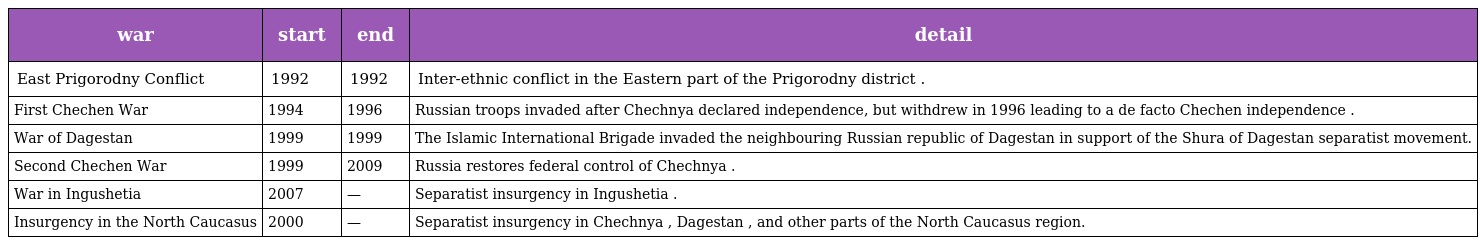
| war | start | end | detail |
 | --- | --- | --- | --- |
 | East Prigorodny Conflict | 1992 | 1992 | Inter-ethnic conflict in the Eastern part of the Prigorodny district . |
 | First Chechen War | 1994 | 1996 | Russian troops invaded after Chechnya declared independence, but withdrew in 1996 leading to a de facto Chechen independence . |
 | War of Dagestan | 1999 | 1999 | The Islamic International Brigade invaded the neighbouring Russian republic of Dagestan in support of the Shura of Dagestan separatist movement. |
 | Second Chechen War | 1999 | 2009 | Russia restores federal control of Chechnya . |
 | War in Ingushetia | 2007 | — | Separatist insurgency in Ingushetia . |
 | Insurgency in the North Caucasus | 2000 | — | Separatist insurgency in Chechnya , Dagestan , and other parts of the North Caucasus region. |